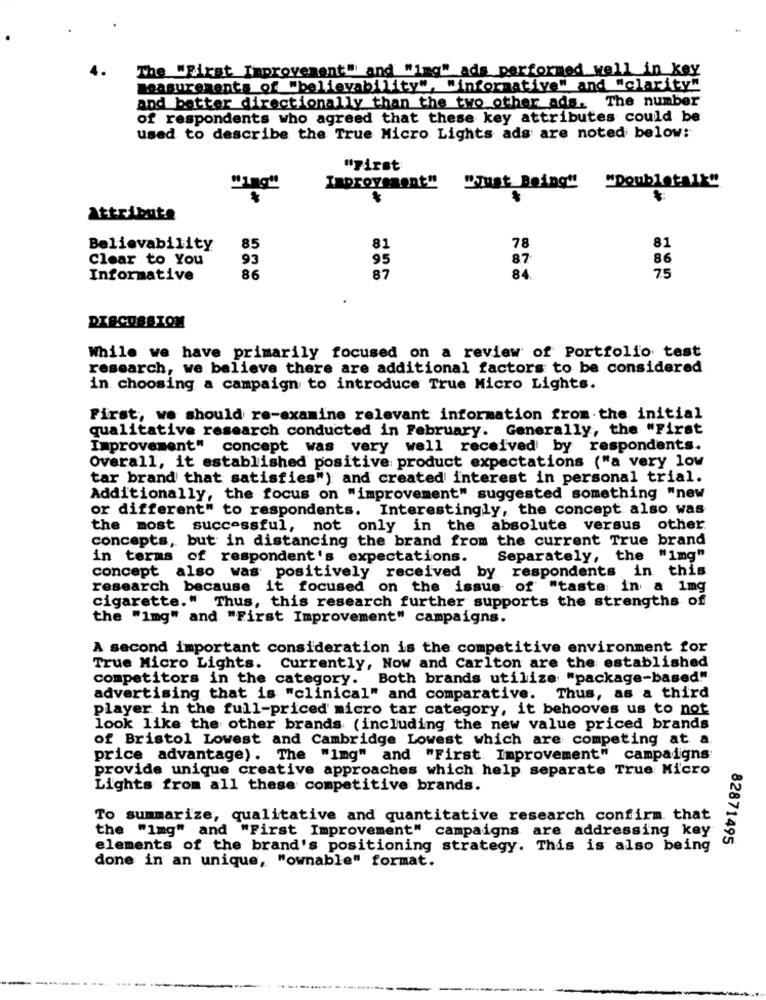
The "First Improvement" and "img" ads performed well in key
measurements of "believability", "informative" and "clarity"
and better directionally than the two other ads. The number
of respondents who agreed that these key attributes could be
used to describe the True Micro Lights ads are noted below:
"First
"Img"
Improvement" "Just Being" "Doubletalk"
Attribute
Believability
85
81
78
81
Clear to You
93
95
87
86
Informative
86
87
84.
75
While we have primarily focused on a review of Portfolio test
research, we believe there are additional factors to be considered
in choosing a campaign to introduce True Micro Lights.
First, we should re-examine relevant information from the initial
qualitative research conducted in February. Generally, the "First
Improvement" concept was very well received by respondents.
Overall, it established positive product expectations ("a very low
tar brand that satisfies") and created interest in personal trial.
Additionally, the focus on "improvement" suggested something "new
or different" to respondents. Interestingly, the concept also was
the most successful, not only in the absolute versus other.
concepts, but in distancing the brand from the current True brand
in terms of respondent's expectations.
Separately, the "img"
concept also was positively received by respondents in this
research because it focused on the issue of "taste in a 1mg
cigarette." Thus, this research further supports the strengths of
the "img" and "First Improvement" campaigns.
A second important consideration is the competitive environment for
True Micro Lights.
Currently, Now and Carlton are the established
competitors in the category. Both brands utilize "package-based."
advertising that is "clinical" and comparative. Thus, as a third
player in the full-priced' micro tar category, it behooves us to not
look like the other brands (including the new value priced brands
of Bristol Lowest and Cambridge Lowest which are competing at a.
price advantage). The "Img" and "First Improvement" campaigns
provide unique creative approaches which help separate True Micro
Lights from all these competitive brands.
To summarize, qualitative and quantitative research confirm that
the "img" and "First Improvement" campaigns are addressing key
82871495
elements of the brand's positioning strategy. This is also being
done in an unique, "ownable" format.